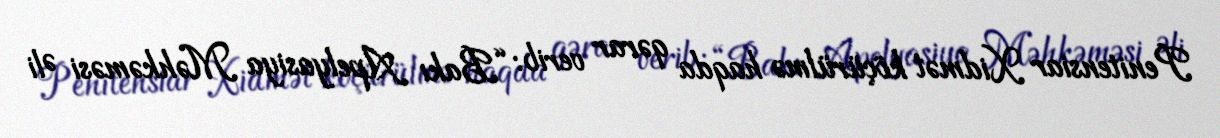
Penitensiar Xidmət köçürülmə haqda qərar verib: “Bakı Apelyasiya Məhkəməsi Əli